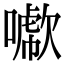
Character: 𠿖